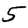
Digit: 5